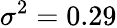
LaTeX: \sigma^{2}=0.29